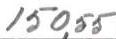
150,55